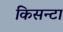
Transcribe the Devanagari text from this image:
किसन्टा